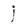
Character: j